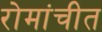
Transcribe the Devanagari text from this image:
रोमांचीत